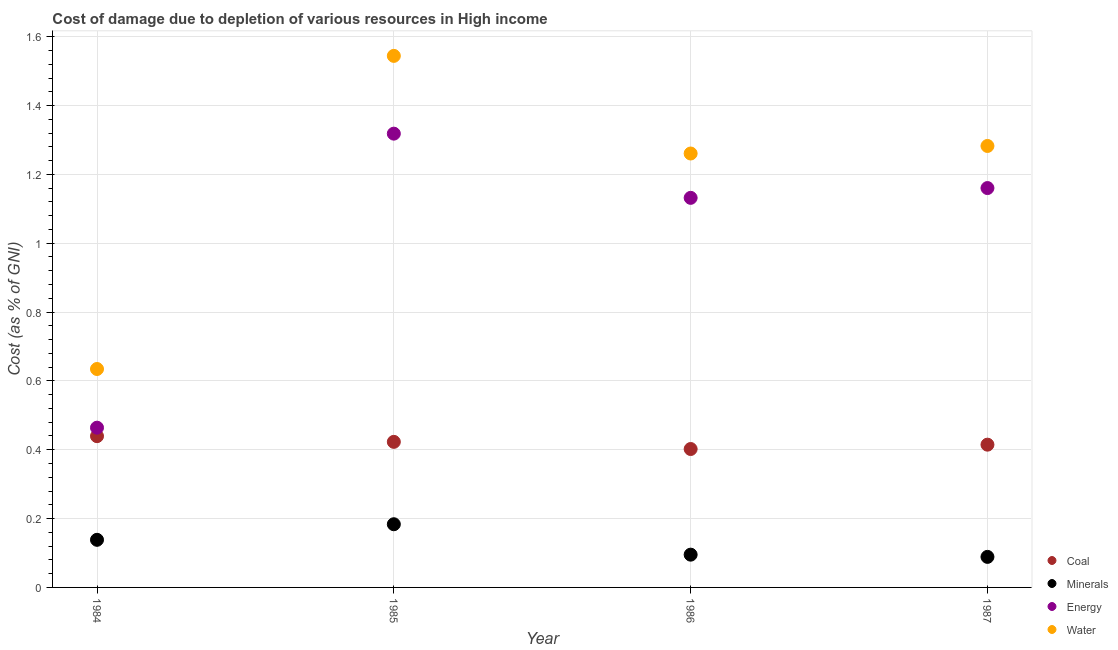
| Year | Coal | Minerals | Energy | Water |
 | --- | --- | --- | --- | --- |
 | 1984 | 0.439 | 0.138 | 0.464 | 0.635 |
 | 1985 | 0.423 | 0.184 | 1.32 | 1.54 |
 | 1986 | 0.402 | 0.0952 | 1.13 | 1.26 |
 | 1987 | 0.415 | 0.0887 | 1.16 | 1.28 |